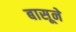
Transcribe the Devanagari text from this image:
बासूने